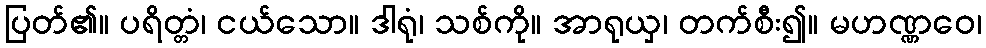
ပြတ်၏။ ပရိတ္တံ၊ ငယ်သော။ ဒါရုံ၊ သစ်ကို။ အာရုယှ၊ တက်စီး၍။ မဟဏ္ဏဝေ၊